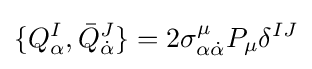
\{Q_{\alpha }^{I},{\bar {Q}}_{\dot {\alpha }}^{J}\}=2\sigma _{\alpha {\dot {\alpha }}}^{\mu }P_{\mu }\delta ^{IJ}